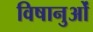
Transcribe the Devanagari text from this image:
विषानुओं